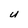
Character: U